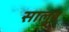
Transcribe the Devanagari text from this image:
सालुब